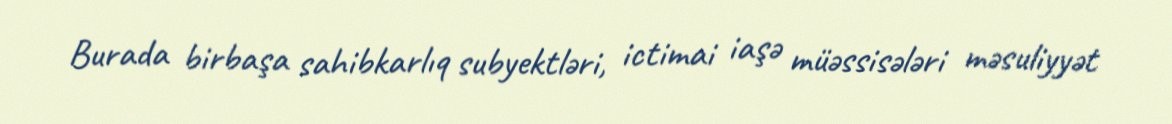
Burada birbaşa sahibkarlıq subyektləri, ictimai iaşə müəssisələri məsuliyyət